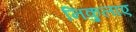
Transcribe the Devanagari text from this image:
निकुलाए